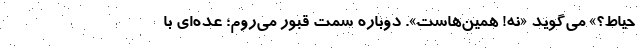
حیاط؟» می‌گوید «نه! همین‌هاست». دوباره سمت قبور می‌روم؛ عده‌ای با